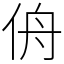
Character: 侜